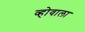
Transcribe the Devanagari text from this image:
व्होवाला